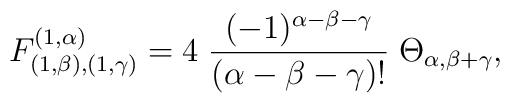
F^{(1,\alpha)}_{(1,\beta),(1,\gamma)}=4\;\frac{(-1)^{\alpha-\beta-\gamma}}{(\alpha-\beta-\gamma)!}\;\Theta_{\alpha,\beta+\gamma},